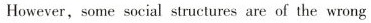
However，some social structures are of the wrong